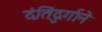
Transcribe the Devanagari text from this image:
दंतिदुर्गाने